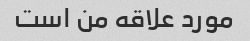
مورد علاقه من است